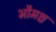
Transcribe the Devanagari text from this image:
भौमश्च